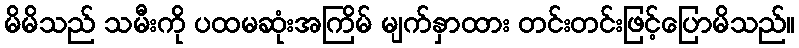
မိမိသည် သမီးကို ပထမဆုံးအကြိမ် မျက်နှာထား တင်းတင်းဖြင့်ပြောမိသည်။